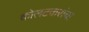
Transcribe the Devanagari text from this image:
कोलटकरांचा